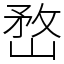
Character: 嵍